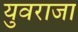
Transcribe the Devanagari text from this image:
युवराजा